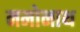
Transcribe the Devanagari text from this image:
नमोनाथ